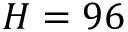
H = 9 6